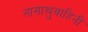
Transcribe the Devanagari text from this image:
नासाश्रुवाहिनी